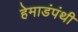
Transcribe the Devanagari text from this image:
हेमाडंपंथी